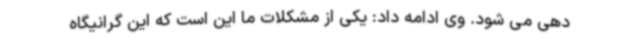
دهی می شود. وی ادامه داد: یکی از مشکلات ما این است که این گرانیگاه